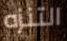
التنزه